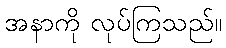
အနာကို လုပ်ကြသည်။